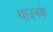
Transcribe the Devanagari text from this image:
थाउनके